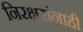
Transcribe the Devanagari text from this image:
निरक्षरांनाही